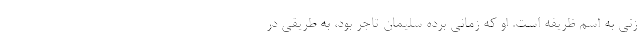
زني به اسم ظريفه است. او كه زماني برده سليمان تاجر بود، به طريقي در